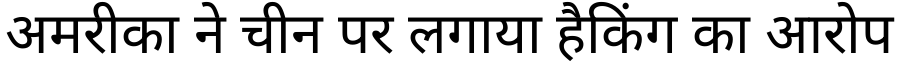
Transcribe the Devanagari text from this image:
अमरीका ने चीन पर लगाया हैकिंग का आरोप